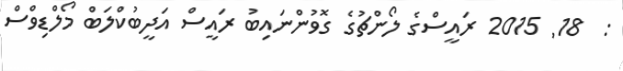
:  18